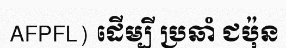
AFPFL) ដើម្បី ប្រឆាំ ជប៉ុន